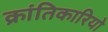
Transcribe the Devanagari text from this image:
क्रांतिकारियो